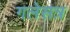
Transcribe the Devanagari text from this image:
गलेसत्र